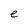
Character: e